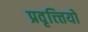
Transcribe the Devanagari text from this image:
प्रवृत्त्त्तियो